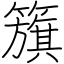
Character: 籏